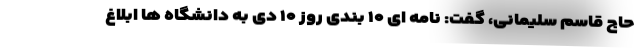
حاج قاسم سلیمانی، گفت: نامه ای ۱۰ بندی روز ۱۰ دی به دانشگاه ها ابلاغ